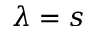
\lambda = s